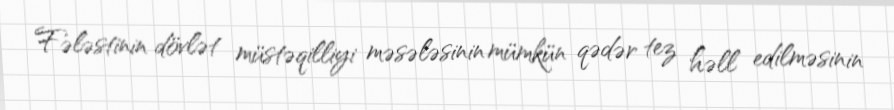
Fələstinin dövlət müstəqilliyi məsələsinin mümkün qədər tez həll edilməsinin